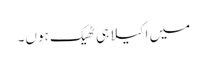
میں اکیلا ہی ٹھیک ہوں۔